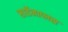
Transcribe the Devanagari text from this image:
सार्डेनाप्लस